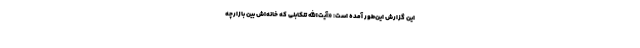
این گزارش این‌طور آمده است: «آیت‌الله ‌تنکابنی که خانه‌اش بین بازارچه